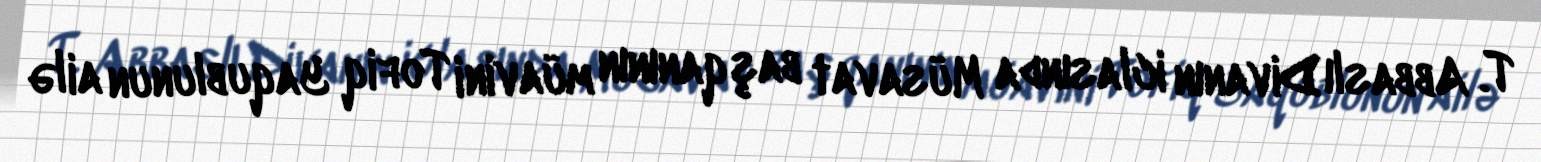
T. Abbaslı Divanın iclasında Müsavat başqanının müavini Tofiq Yaqublunun ailə